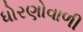
ધોરણોવાળી